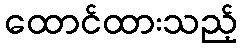
ထောင်ထားသည့်